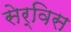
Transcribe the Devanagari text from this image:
सेर्विस